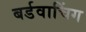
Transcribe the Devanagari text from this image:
बर्डवाचिंग